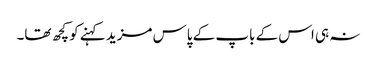
نہ ہی اس کے باپ کے پاس مزید کہنے کو کچھ تھا۔